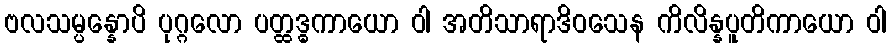
ဗလသမ္ပန္နောပိ ပုဂ္ဂလော ပတ္ထဒ္ဓကာယော ဝါ အတိသာရာဒိဝသေန ကိလိန္နပူတိကာယော ဝါ